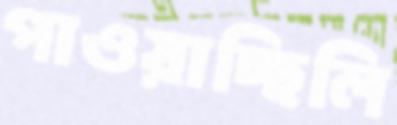
পাওয়াচ্ছিলি